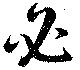
必